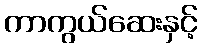
ကာကွယ်ဆေးနှင့်